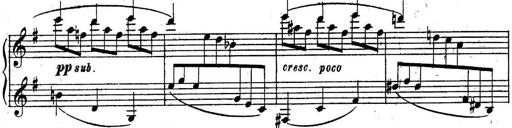
Title: Sonatine
Composer: Adrian Shaposhnikov
Key: E minor